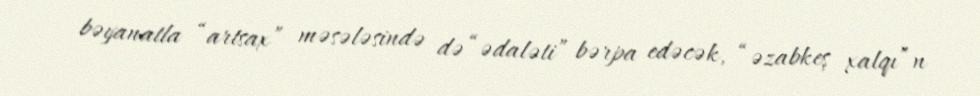
bəyanatla “artsax” məsələsində də “ədaləti” bərpa edəcək, “əzabkeş xalqı”n